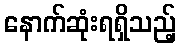
နောက်ဆုံးရရှိသည့်